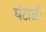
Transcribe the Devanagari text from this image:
घंटाळी